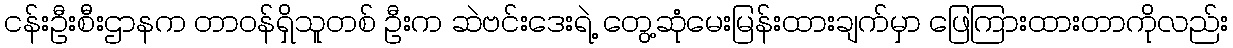
ငန်းဦးစီးဌာနက တာဝန်ရှိသူတစ် ဦးက ဆဲဗင်းဒေးရဲ့ တွေ့ဆုံမေးမြန်းထားချက်မှာ ဖြေကြားထားတာကိုလည်း